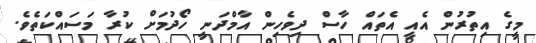
މީގެ އިތުރުން އެއީ އެތައް ހާސް ދިވެހިން އާމްދަނީ ހޯދުމަށް ކުރާ މަސައްކަތެވެ.